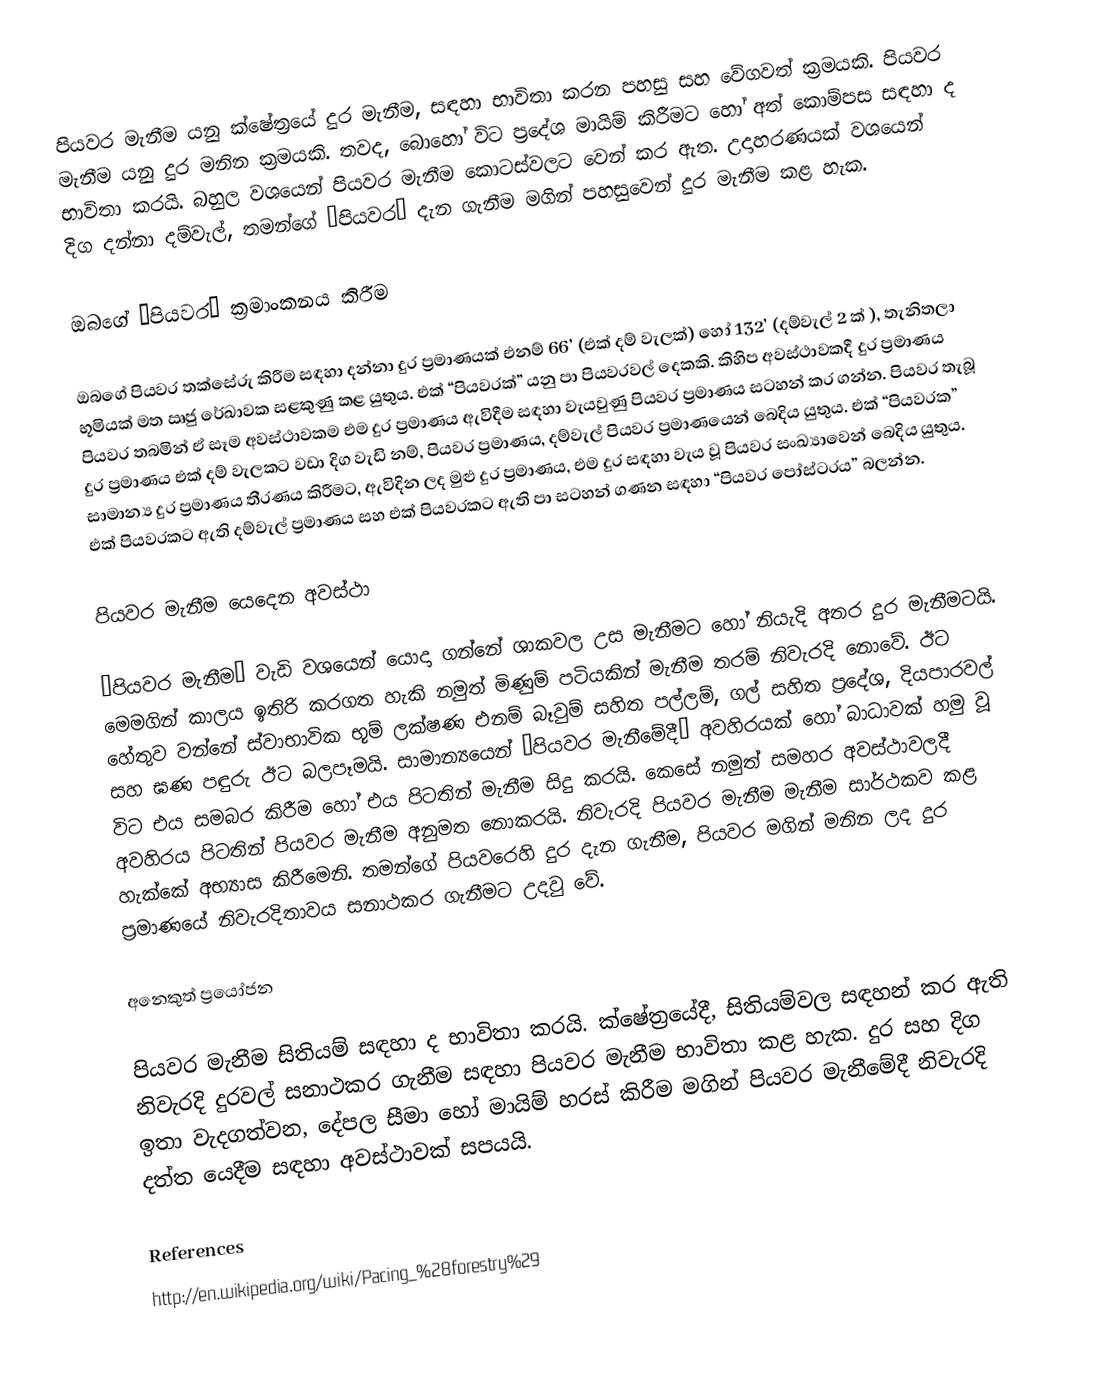
පියවර මැනීම යනු ක්ෂේත්‍රයේ දුර මැනීම, සඳහා භාවිතා කරන පහසු සහ වේගවත් ක්‍රමයකි. පියවර මැනීම යනු දුර මනින ක්‍රමයකි. තවද, බොහෝ විට ප්‍රදේශ මායිම් කිරීමට හෝ අත් කොම්පස සඳහා ද භාවිතා කරයි. බහුල වශයෙන් පියවර මැනීම කොටස්වලට වෙන් කර ඇත. උදාහරණයක් වශයෙන් දිග දන්නා දම්වැල්, තමන්ගේ “පියවර” දැන ගැනීම මගින් පහසුවෙන් දුර මැනීම කළ හැක.

ඔබ‍ගේ “පියවර” ක්‍රමාංකනය කිරීම

ඔබගේ පියවර තක්සේරු කිරීම සඳහා දන්නා දුර ප්‍රමාණයක් එනම් 66’ (එක් දම් වැලක්) හෝ 132’ (දම්වැල් 2 ක් ), තැනිතලා භූමියක් මත ඍජු රේඛාවක සළකුණු කළ යුතුය. එක් “පියවරක්” යනු පා පියවරවල් දෙකකි. කිහිප අවස්ථාවකදී දුර ප්‍රමාණය පියවර තබමින් ඒ සෑම අවස්ථාවකම එම දුර ප්‍රමාණය ඇවිදීම සඳහා වැයවුණු පියවර ප්‍රමාණය සටහන් කර ගන්න. පියවර තැබූ දුර ප්‍රමාණය එක් දම් වැලකට වඩා දිග වැඩි නම්, පියවර ප්‍රමාණය, දම්වැල් පියවර ප්‍රමාණයෙන් බෙදිය යුතුය. එක් “පියවරක” සාමාන්‍ය දුර ප්‍රමාණය තීරණය කිරීමට, ඇවිදින ලද මුළු දුර ප්‍රමාණය, එම දුර සඳහා වැය වූ පියවර සංඛ්‍යාවෙන් බෙදිය යුතුය. එක් පියවරකට ඇති දම්වැල් ප්‍රමාණය සහ එක් පියවරකට ඇති පා සටහන් ගණන සඳහා “පියවර පෝස්ටරය” බලන්න.

පියවර මැනීම යෙදෙන අවස්ථා

“පියවර මැනීම” වැඩි වශයෙන් යොදා ගන්නේ ශාකවල උස මැනීමට හෝ නියැදි අතර දුර මැනීමටයි. මෙමගින් කාලය ඉතිරි කරගත හැකි නමුත් මිණුම් පටියකින් මැනීම තරම් නිවැරදි නොවේ. ඊට හේතුව වන්නේ ස්වාභාවික භූම් ලක්ෂණ එනම් බෑවුම් සහිත පල්ලම්, ගල් සහිත ප්‍රදේශ, දියපාරවල් සහ ඝණ පඳුරු ඊට බලපෑමයි. සාමාන්‍යයෙන් “පියවර මැනීමේදී” අවහිරයක් හෝ බාධාවක් හමු වූ විට එය සමබර කිරීම හෝ එය පිටතින් මැනීම සිදු කරයි. කෙසේ නමුත් සමහර අවස්ථාවලදී අවහිරය පිටතින් පියවර මැනීම අනුමත නොකරයි. නිවැරදි පියවර මැනීම මැනීම සාර්ථකව කළ හැක්කේ අභ්‍යාස කිරීමෙනි. තමන්ගේ පියව‍රෙහි දුර දැන ගැනීම, පියවර මගින් මනින ලද දුර ප්‍රමාණයේ නිවැරදිතාවය සනාථකර ගැනීමට උදවු වේ.

අනෙකුත් ප්‍රයෝජන

පියවර මැනීම සිතියම් සඳහා ද භාවිතා කරයි. ක්ෂේත්‍රයේදී, සිතියම්වල සඳහන් කර ඇති නිවැරදි දුරවල් සනාථකර ගැනීම සඳහා පියවර මැනීම භාවිතා කළ හැක. දුර සහ දිග ඉතා වැදගත්වන, දේපල සීමා හෝ මායිම් හරස් කිරීම මගින් පියවර මැනීමේදී නිවැරදි දත්ත යෙදීම සඳහා අවස්ථාවක් සපයයි.

References
http://en.wikipedia.org/wiki/Pacing_%28forestry%29